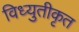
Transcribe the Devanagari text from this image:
विध्युतीकृत